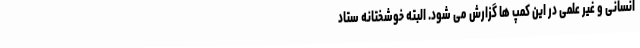
انسانی و غیر علمی در این کمپ ها گزارش می شود. البته خوشختانه ستاد